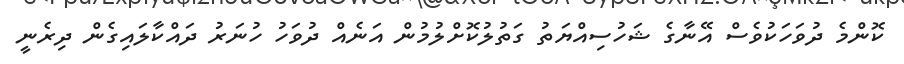
ކޮންމެ ދުވަހަކުވެސް އޭނާގެ ޝަހުސިއްޔަތު ގަތުލުކޮށްލުމުން އަނެއް ދުވަހު ހުނަރު ދައްކާލައިގެން ދިރެނީ